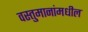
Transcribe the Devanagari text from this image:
वस्तुमानांमधील